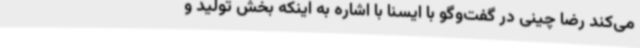
می‌کند رضا چینی در گفت‌وگو با ایسنا با اشاره به اینکه بخش تولید و